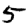
Digit: 5